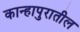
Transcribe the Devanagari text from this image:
कान्हापुरातील